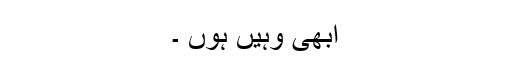
ابھی وہیں ہوں ۔